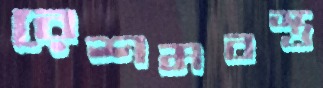
রেশমবস্ত্র